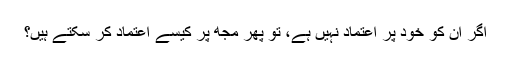
اگر ان کو خود پر اعتماد نہیں ہے، تو پھر مجھ پر کیسے اعتماد کر سکتے ہیں؟